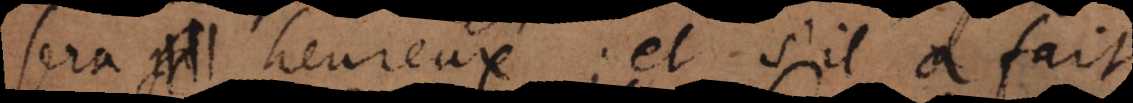
sera heureux; et s’il a fait